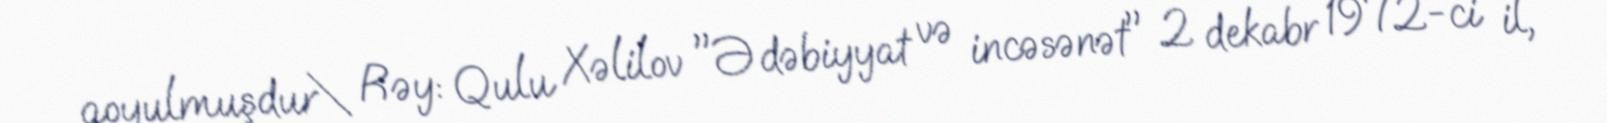
qoyulmuşdur\ Rəy: Qulu Xəlilov "Ədəbiyyat və incəsənət" 2 dekabr 1972-ci il,